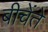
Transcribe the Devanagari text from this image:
बीचेंते